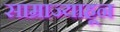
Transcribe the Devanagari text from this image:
साम्राज्याहून